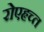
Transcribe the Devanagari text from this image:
रोएहृच्त